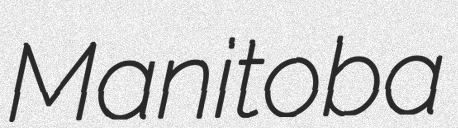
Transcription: Manitoba